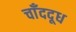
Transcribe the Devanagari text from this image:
चाँददूध